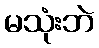
မသုံးဘဲ